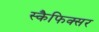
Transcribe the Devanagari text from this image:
स्कैफिक्सर